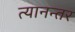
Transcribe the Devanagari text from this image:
त्यानन्तर